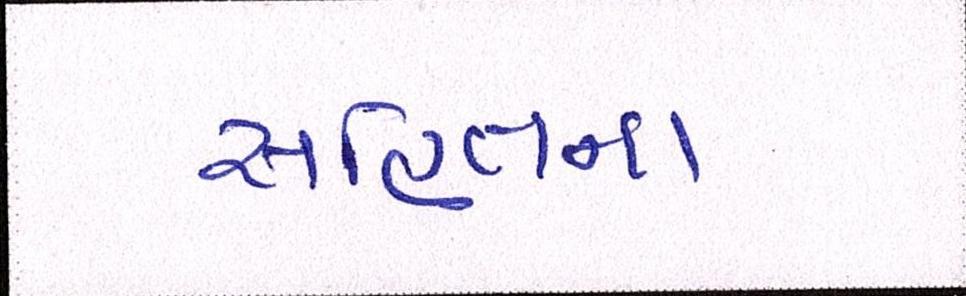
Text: સહિતના